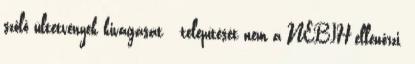
szőlő ültetvények kivágását telepítését nem a NÉBIH ellenőrzi.